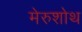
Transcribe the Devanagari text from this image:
मेरुशोथ